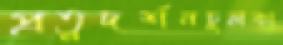
প্রত্নদর্শনচুলকা